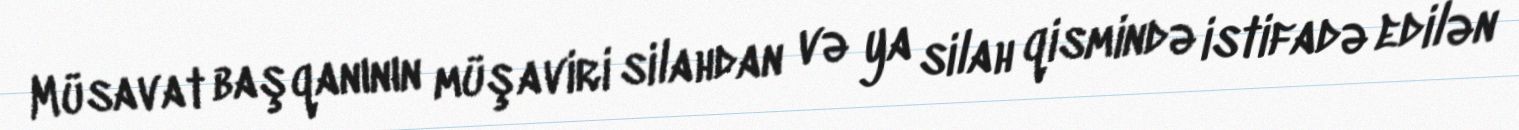
Müsavat başqanının müşaviri silahdan və ya silah qismində istifadə edilən